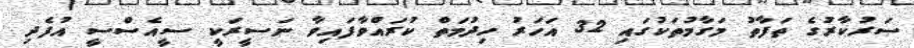
ސަރުކާރުގެ ތަފާތު މަގާމުތަކުގައި 32 އަހަރު ހިދުމަތް ކުރައްވާފައިވާ ނަސީރަކީ ސީއެސްސީ އުފެދި